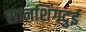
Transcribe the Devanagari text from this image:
सानशिंगदुई